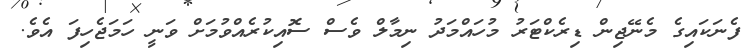
ފެނަކައިގެ މެނޭޖިން ޑިރެކްޓަރު މުހައްމަދު ނިމާލް ވެސް ސޮއިކުރެއްވުމަށް ވަނީ ހަމަޖެހިފަ އެވެ.